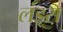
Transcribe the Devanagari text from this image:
लंड्स